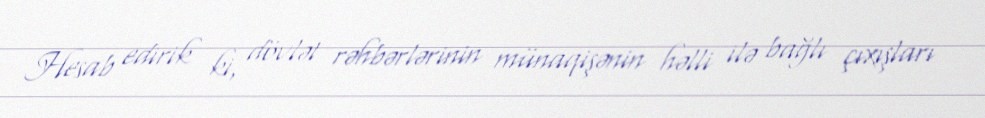
Hesab edirik ki, dövlət rəhbərlərinin münaqişənin həlli ilə bağlı çıxışları